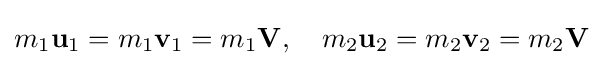
m_{1}\mathbf {u} _{1}=m_{1}\mathbf {v} _{1}=m_{1}\mathbf {V} ,\quad m_{2}\mathbf {u} _{2}=m_{2}\mathbf {v} _{2}=m_{2}\mathbf {V}